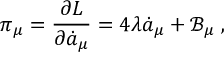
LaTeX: \pi _ { \mu } = \frac { \partial L } { \partial \dot { a } _ { \mu } } = 4 \lambda \dot { a } _ { \mu } + \mathcal { B } _ { \mu } \; ,